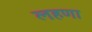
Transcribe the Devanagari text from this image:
लहणा